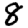
Digit: 8